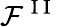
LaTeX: \mathcal{F}^{\mathrm{~I~I~}}